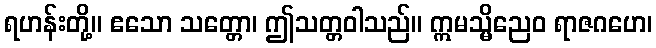
ရဟန်းတို့။ ဧသော သတ္တော၊ ဤသတ္တဝါသည်။ ဣမသ္မိညေဝ ရာဇဂဟေ၊